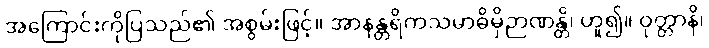
အကြောင်းကိုပြသည်၏ အစွမ်းဖြင့်။ အာနန္တရိကသမာဓိမှိဉာဏန္တိ၊ ဟူ၍။ ဝုတ္တာနိ၊